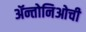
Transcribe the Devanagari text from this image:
ॲन्तोनिओची